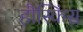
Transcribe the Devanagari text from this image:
हौस्किंस